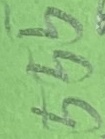
Text: 555